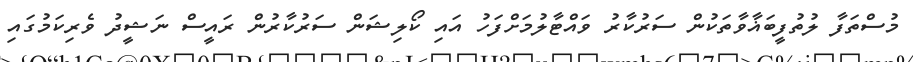
މުސްތަފާ ލުތުފީބަޣާވާތަކުން ސަރުކާރު ވައްޓާލުމަށްފަހު އައި ކޯލިޝަން ސަރުކާރުން ރައީސް ނަޝީދު ވެރިކަމުގައި